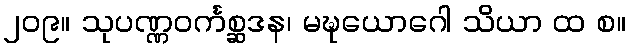
၂၀၉။ သုပဏ္ဏဝင်္ကစ္ဆဒန၊ မဍ္ဎယောဂေါ သိယာ ထ စ။